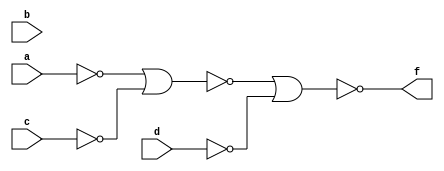
module Q4(a,b,c,d,f);
	input a,b,c,d;
	output f;
	//assign f = 	(~a~|~c)~|~d;
	nor(na,a,a);
	nor(nc,c,c);
	nor(nd,d,d);
	nor(f1, na, nc);
	nor(f,f1,nd);
endmodule